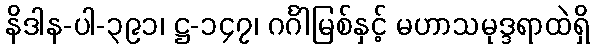
နိဒါန-ပါ-၃၉၁၊ ဋ္ဌ-၁၄၇၊ ဂင်္ဂါမြစ်နှင့် မဟာသမုဒ္ဒရာထဲရှိ